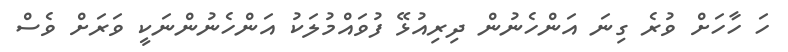
ހަ ހާހަށް ވުރެ ގިނަ އަންހެނުން ދިރިއުޅޭ ފުވައްމުލަކު އަންހެނުންނަކީ ވަރަށް ވެސް